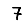
Digit: 7